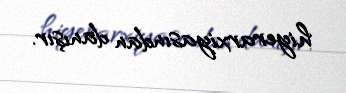
hiyerarxiyasından danışır.